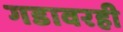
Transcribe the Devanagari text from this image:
गडावरही